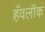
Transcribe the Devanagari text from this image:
हॅवलॉक